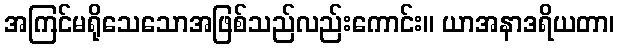
အကြင်မရိုသေသောအဖြစ်သည်လည်းကောင်း။ ယာအနာဒရိယတာ၊